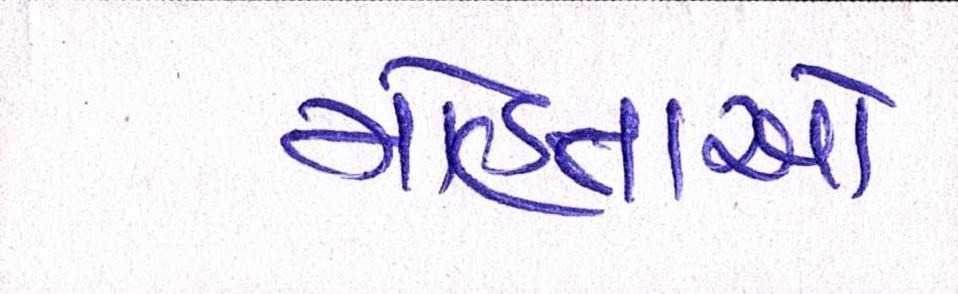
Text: મોહતાએ